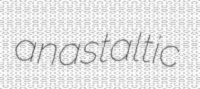
anastaltic